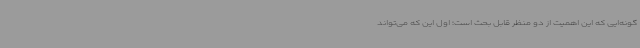
گونه‌ایی که این اهمیت از دو منظر قابل بحث است؛ اول این که می‌تواند